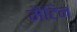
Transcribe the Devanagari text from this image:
मैटिन